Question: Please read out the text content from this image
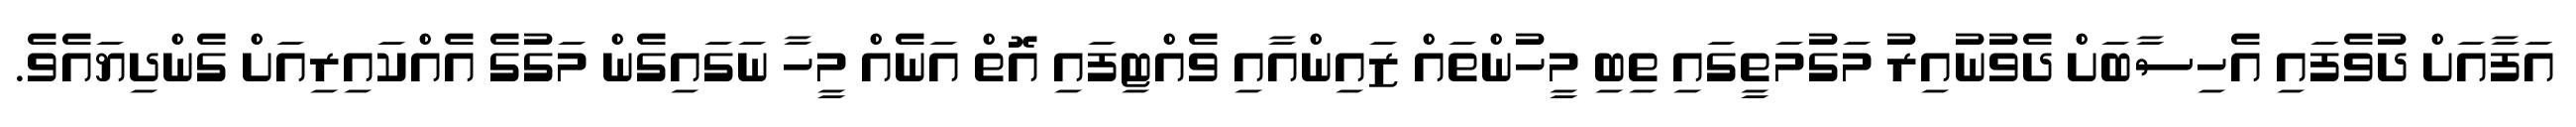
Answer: އަފާއަށް ދުވެފައި އެހިސާބަށް ދެވުނުއިރު މަގުމަތީގައި ތިބި މީހުންތައް ޒައިންއާއި ވެއްޓިފައި އޮތް އަނެއް މީހާ ނަގައިގެން މަގުގެ އެއްކައިރިއަށް ގެންދިޔައެވެ.